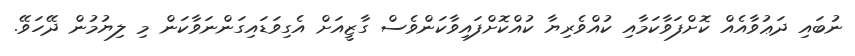
ނުބައި ދަޢުވާއެއް ކޮށްފަވާކަމާއި ކުއްވެރިޔާ ކުއްކޮށްފައިވާކަންވެސް ގާޒީއަށް އެގިވަޑައިގަންނަވާކަން މި ލިޔުމުން ދޭހަވޭ.